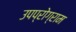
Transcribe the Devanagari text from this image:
उपप्रोग्राम